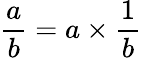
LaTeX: {\frac{a}{b}}=a\times{\frac{1}{b}}